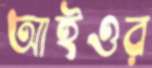
আইওর